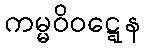
ကမ္မဝိဝဋ္ဋေန